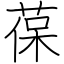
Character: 葆